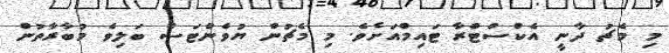
މި މެޗު ދާނީ އެކްސްޓްރާ ޓައިމްއަށެވެ. މި މެޗުން ޔުވެންޓަސް ބަލިވެ މުބާރާތުން